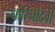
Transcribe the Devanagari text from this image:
धारिनीदेवी